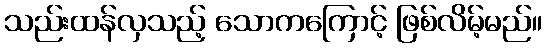
သည်းထန်လှသည့် သောကကြောင့် ဖြစ်လိမ့်မည်။